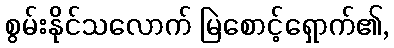
စွမ်းနိုင်သလောက် မြဲစောင့်ရှောက်၏,